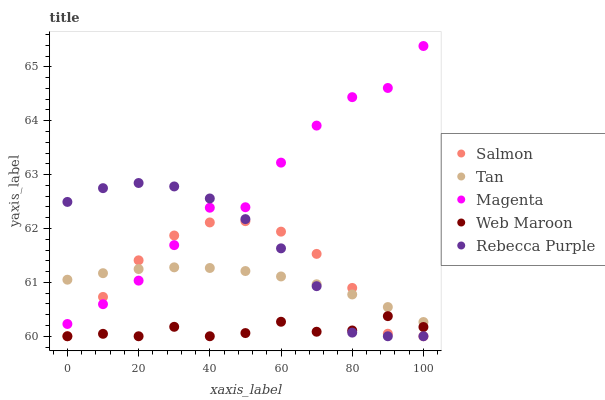
| xaxis_label | Salmon | Tan | Magenta | Web Maroon | Rebecca Purple |
 | --- | --- | --- | --- | --- | --- |
 | 0 | 60 | 61 | 60.2 | 60 | 62.5 |
 | 10 | 60.7 | 61.2 | 60.6 | 60 | 62.7 |
 | 20 | 61.4 | 61.2 | 61 | 60 | 62.8 |
 | 30 | 61.9 | 61.3 | 61.7 | 60.2 | 62.8 |
 | 40 | 62.1 | 61.3 | 62.4 | 60 | 62.6 |
 | 50 | 62.1 | 61.2 | 62.4 | 60.1 | 62.2 |
 | 60 | 61.9 | 61.1 | 63.2 | 60.3 | 61.6 |
 | 70 | 61.5 | 61 | 63.9 | 60.1 | 60.9 |
 | 80 | 60.9 | 60.8 | 64.4 | 60.1 | 60.1 |
 | 90 | 60 | 60.5 | 64.6 | 60.4 | 60 |
 | 100 | 60 | 60.3 | 65.4 | 60.2 | 60 |